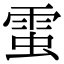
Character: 𧌙